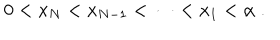
LaTeX: 0 < x _ { N } < x _ { N - 1 } < \dots < x _ { 1 } < \alpha \; .